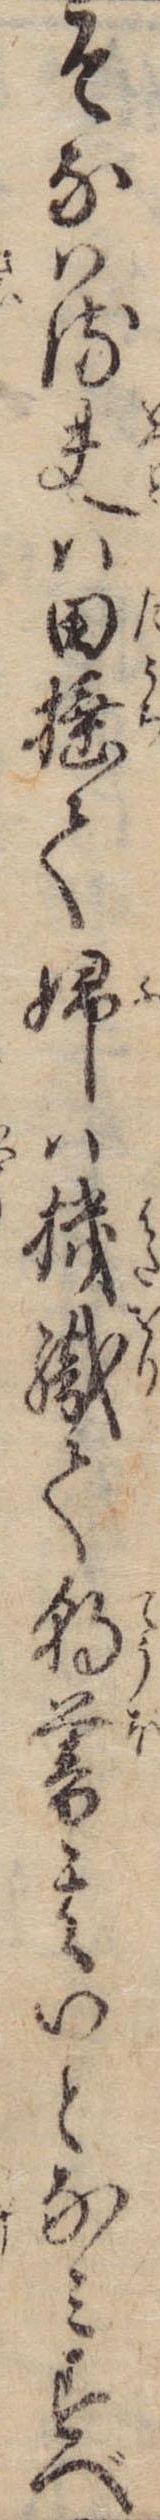
そなはる夫は田捶て婦は機織て朝暮其いとなみすべ